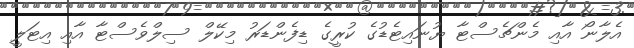
އެލާނޯ އާއި މެންޗެސްޓާ ޔުނައިޓެޑުގެ ކުރީގެ ޑިފެންޑަރު މިކޭލް ސިލްވެސްޓާ އާއި އިޓަލީ